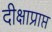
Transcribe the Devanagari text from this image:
दीक्षाप्राप्त